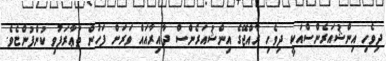
ދިވެހި އިންޝުއަރެންސްއަކީ ދިވެހި ރާއްޖޭގެ އިންޝުއަރެންސް ދާއިރާއައް ވަރަށް ފަހުން ތަޢާރަފުވި ކުންފުންޏެވެ.